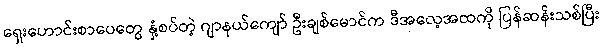
ရှေးဟောင်းစာပေတွေ နှံ့စပ်တဲ့ ဂျာနယ်ကျော် ဦးချစ်မောင်က ဒီအလေ့အထကို ပြန်ဆန်းသစ်ပြီး